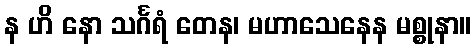
န ဟိ နော သင်္ဂရံ တေန၊ မဟာသေနေန မစ္စုနာ။